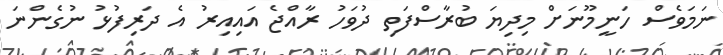
ނަމަވެސް ހަނީމޫނަށް މިދިޔަ ބުރާސްފަތި ދުވަހު ރާއްޖެ އައިއިރު އެ ދަރިފުޅު ނުގެންނަ